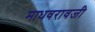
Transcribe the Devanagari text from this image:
माधवरावजी